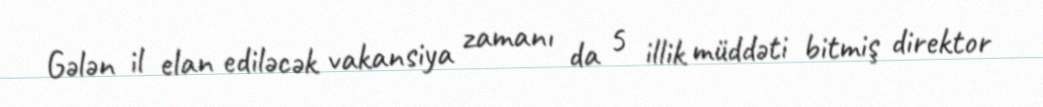
Gələn il elan ediləcək vakansiya zamanı da 5 illik müddəti bitmiş direktor